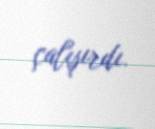
çalışırdı.